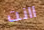
اانت